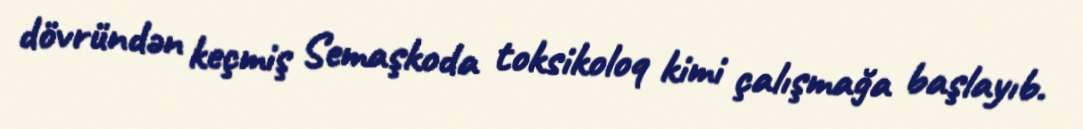
dövründən keçmiş Semaşkoda toksikoloq kimi çalışmağa başlayıb.